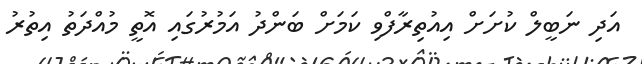
އަދި ނަބީލް ކުށަށް އިއުތިރާފްވި ކަމަށް ބަންދު އަމުރުގައި އޮތީ މުއްދަތު އިތުރު